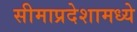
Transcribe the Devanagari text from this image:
सीमाप्रदेशामध्ये